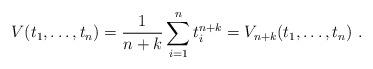
LaTeX: \begin{align*}V(t_1, \dots, t_n) = \frac{1}{n+k} \sum_{i=1}^n t_i^{n+k} = V_{n + k}(t_1, \dots, t_n)\ .\end{align*}